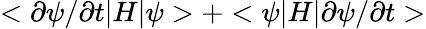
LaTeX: <\partial\psi/\partial t|H|\psi>+<\psi|H|\partial\psi/\partial t>